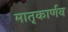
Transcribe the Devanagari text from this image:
मातृकार्णव